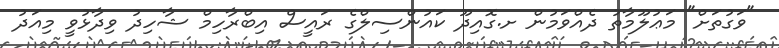
"ވަގުތަށް" މަޢުލޫމާތު ދެއްވަމުން ށ.ގޮއިދޫ ކައުންސިލްގެ ރައީސް އިބްރާހިމް ޝާހިދު ވިދާޅުވީ މިއަދު